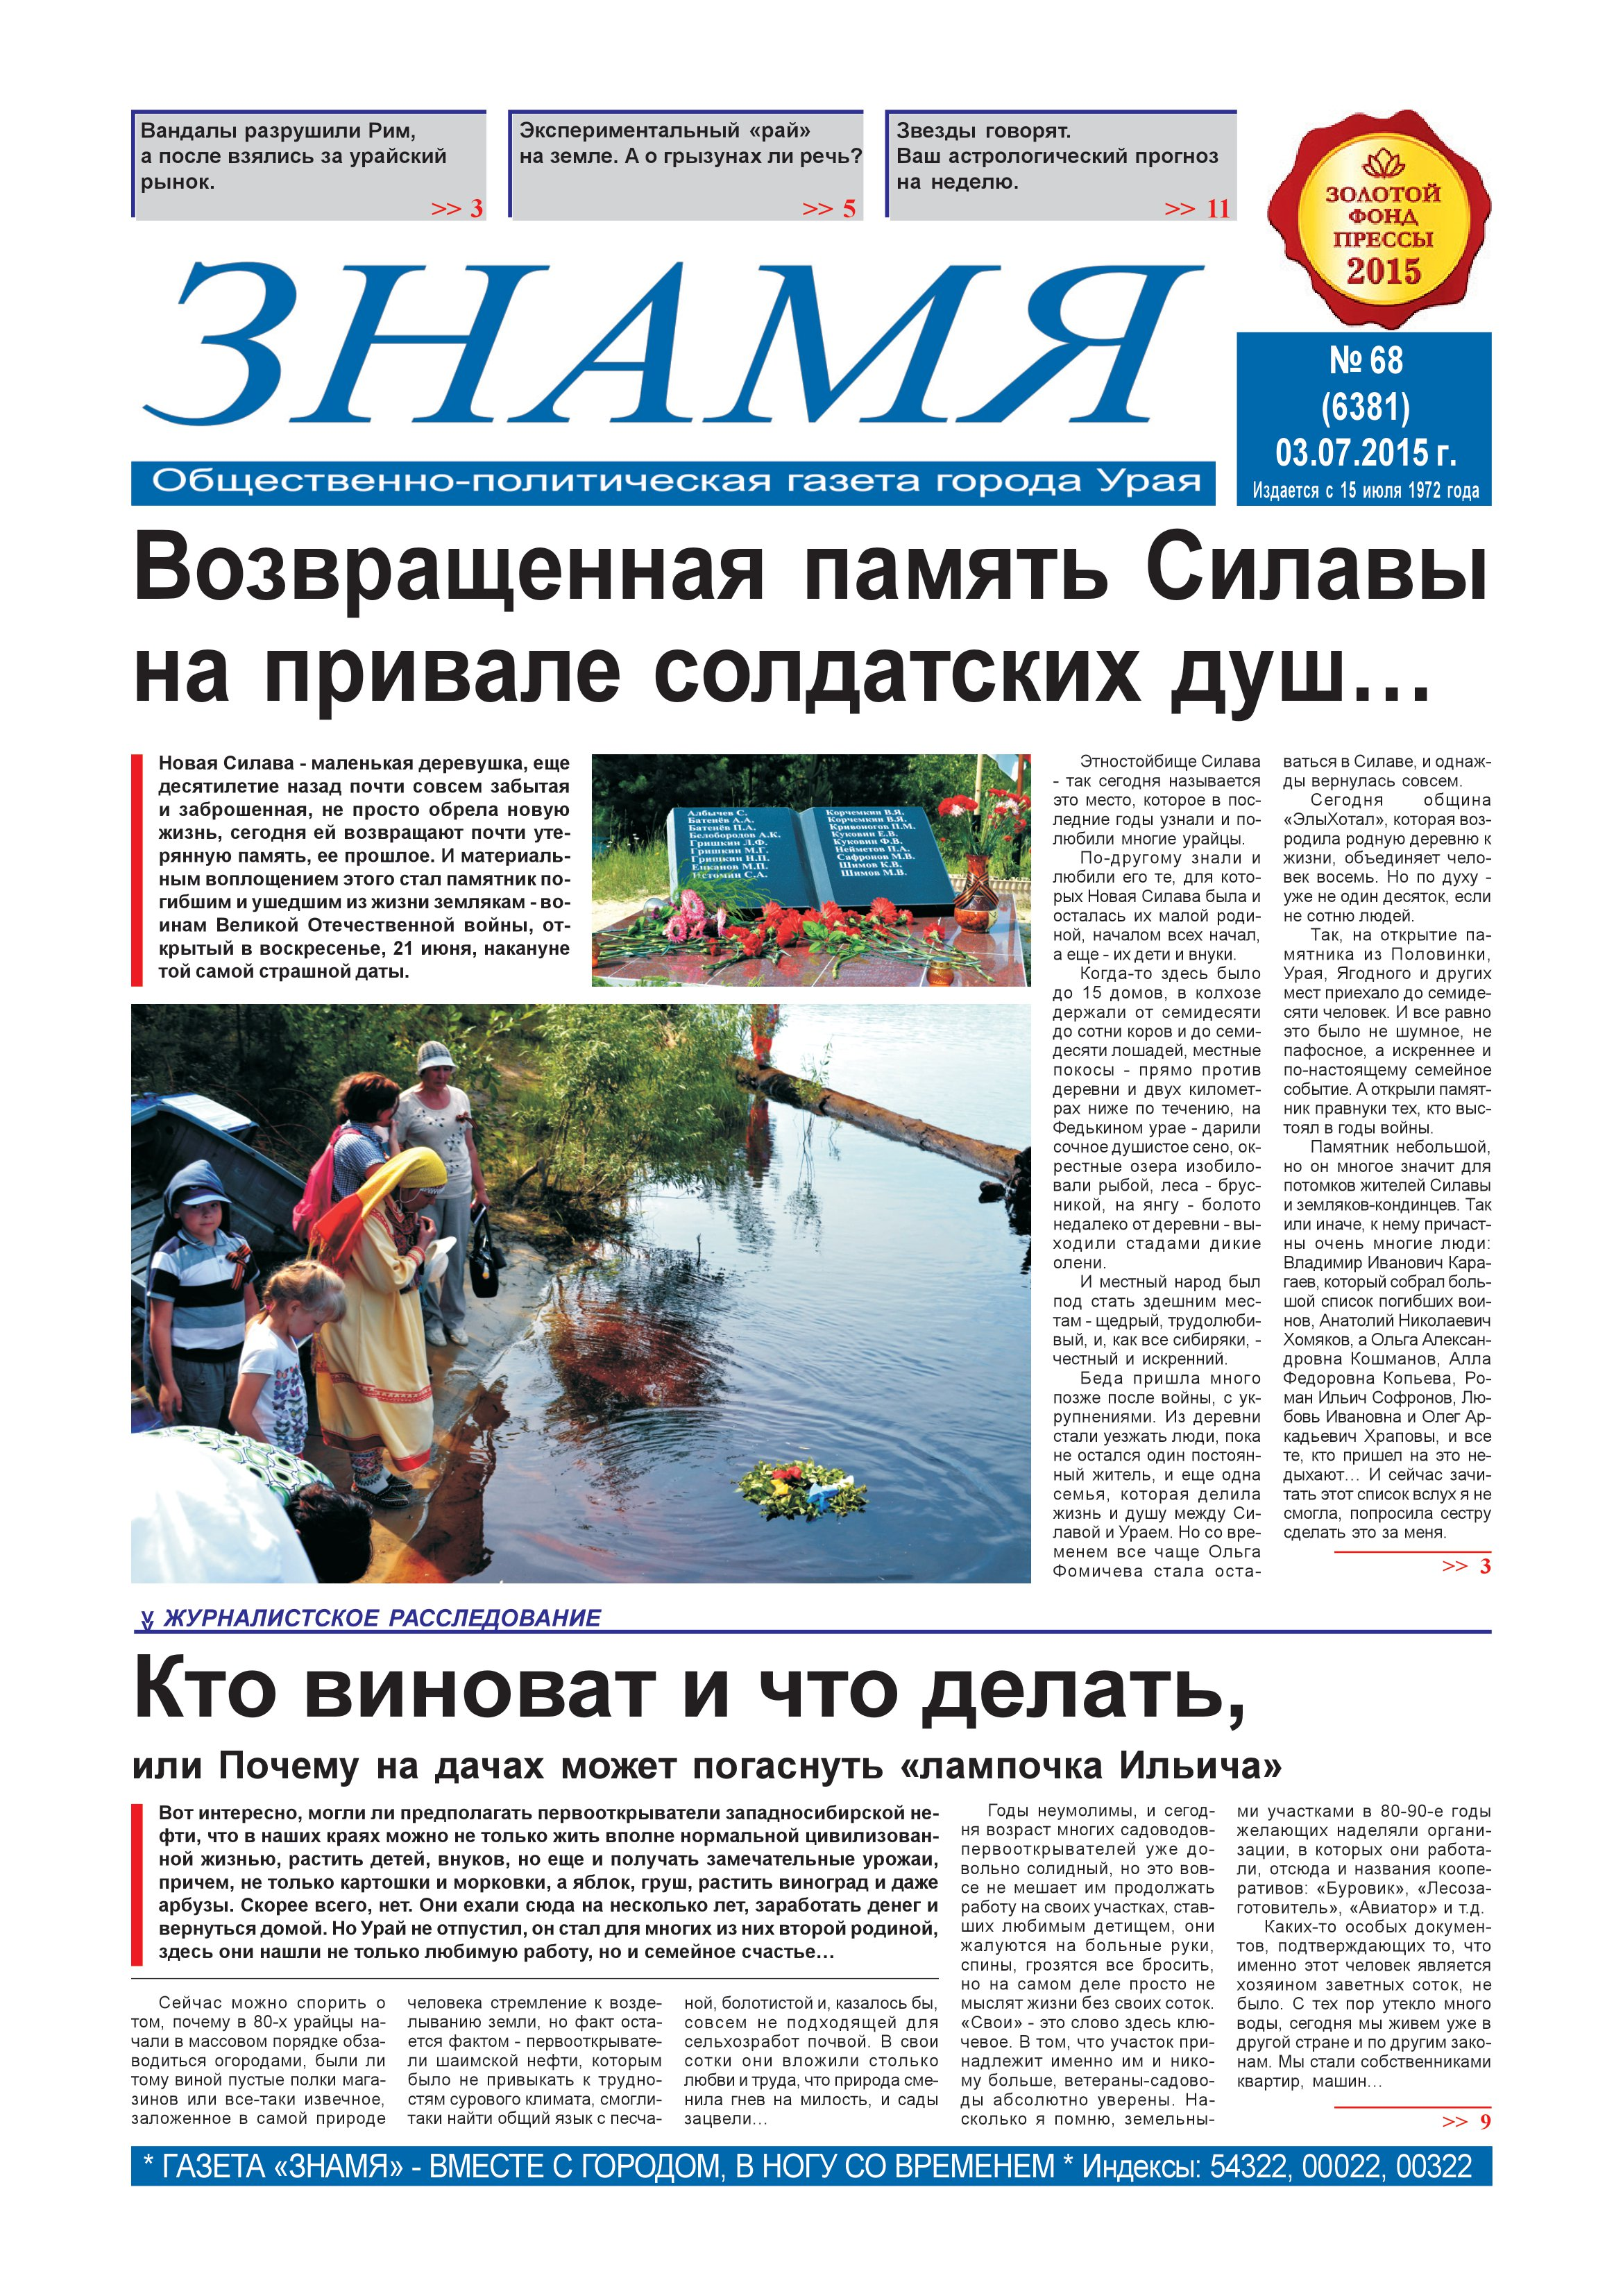
Language: ru